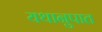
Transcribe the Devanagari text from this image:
यथानुपात